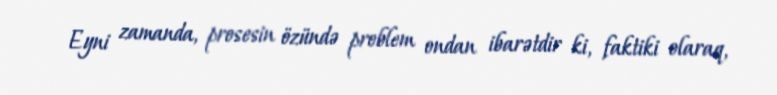
Eyni zamanda, prosesin özündə problem ondan ibarətdir ki, faktiki olaraq,